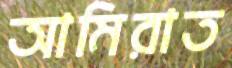
আমিরাত